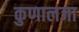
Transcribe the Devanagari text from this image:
कुणालजा